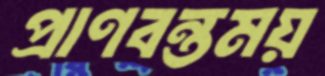
প্রাণবন্তময়